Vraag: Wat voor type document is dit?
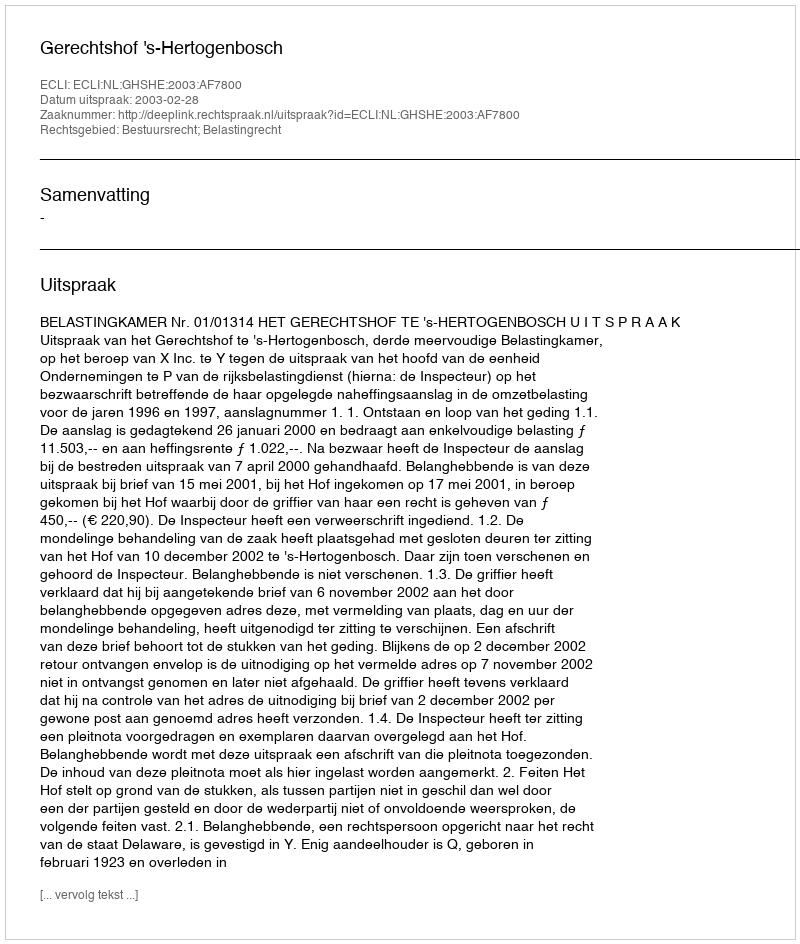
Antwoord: Uitspraak